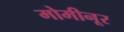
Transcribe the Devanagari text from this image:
मोमीनूर